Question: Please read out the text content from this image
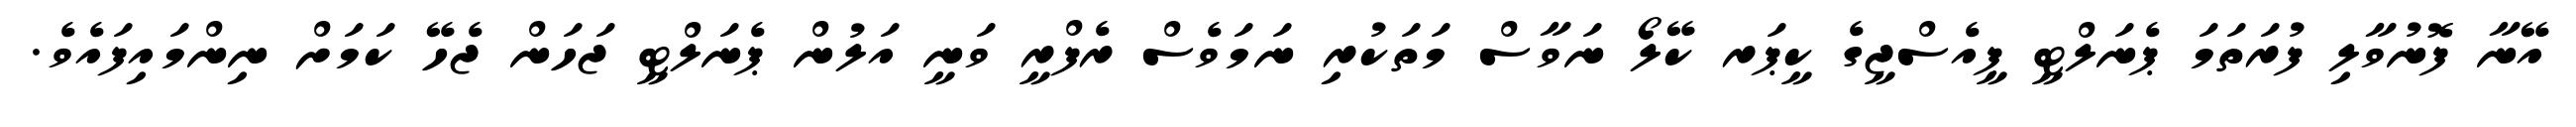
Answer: އޭނާ ފޮނުވާލި ފުރަތަމަ ޕެނަލްޓީ ޕީއެސްޖީގެ ކީޕަރ ކޭލޯ ނަވާސް މަތަކުރި ނަމަވެސް ރެފްރީ ވަނީ އަލުން ޕެނަލްޓީ ޖަހަން ޖެހޭ ކަމަށް ނިންމައިފައެވެ.